65_HS1-834228961_62-HQ-83894_Section_1
Agency: FBI
Page 63
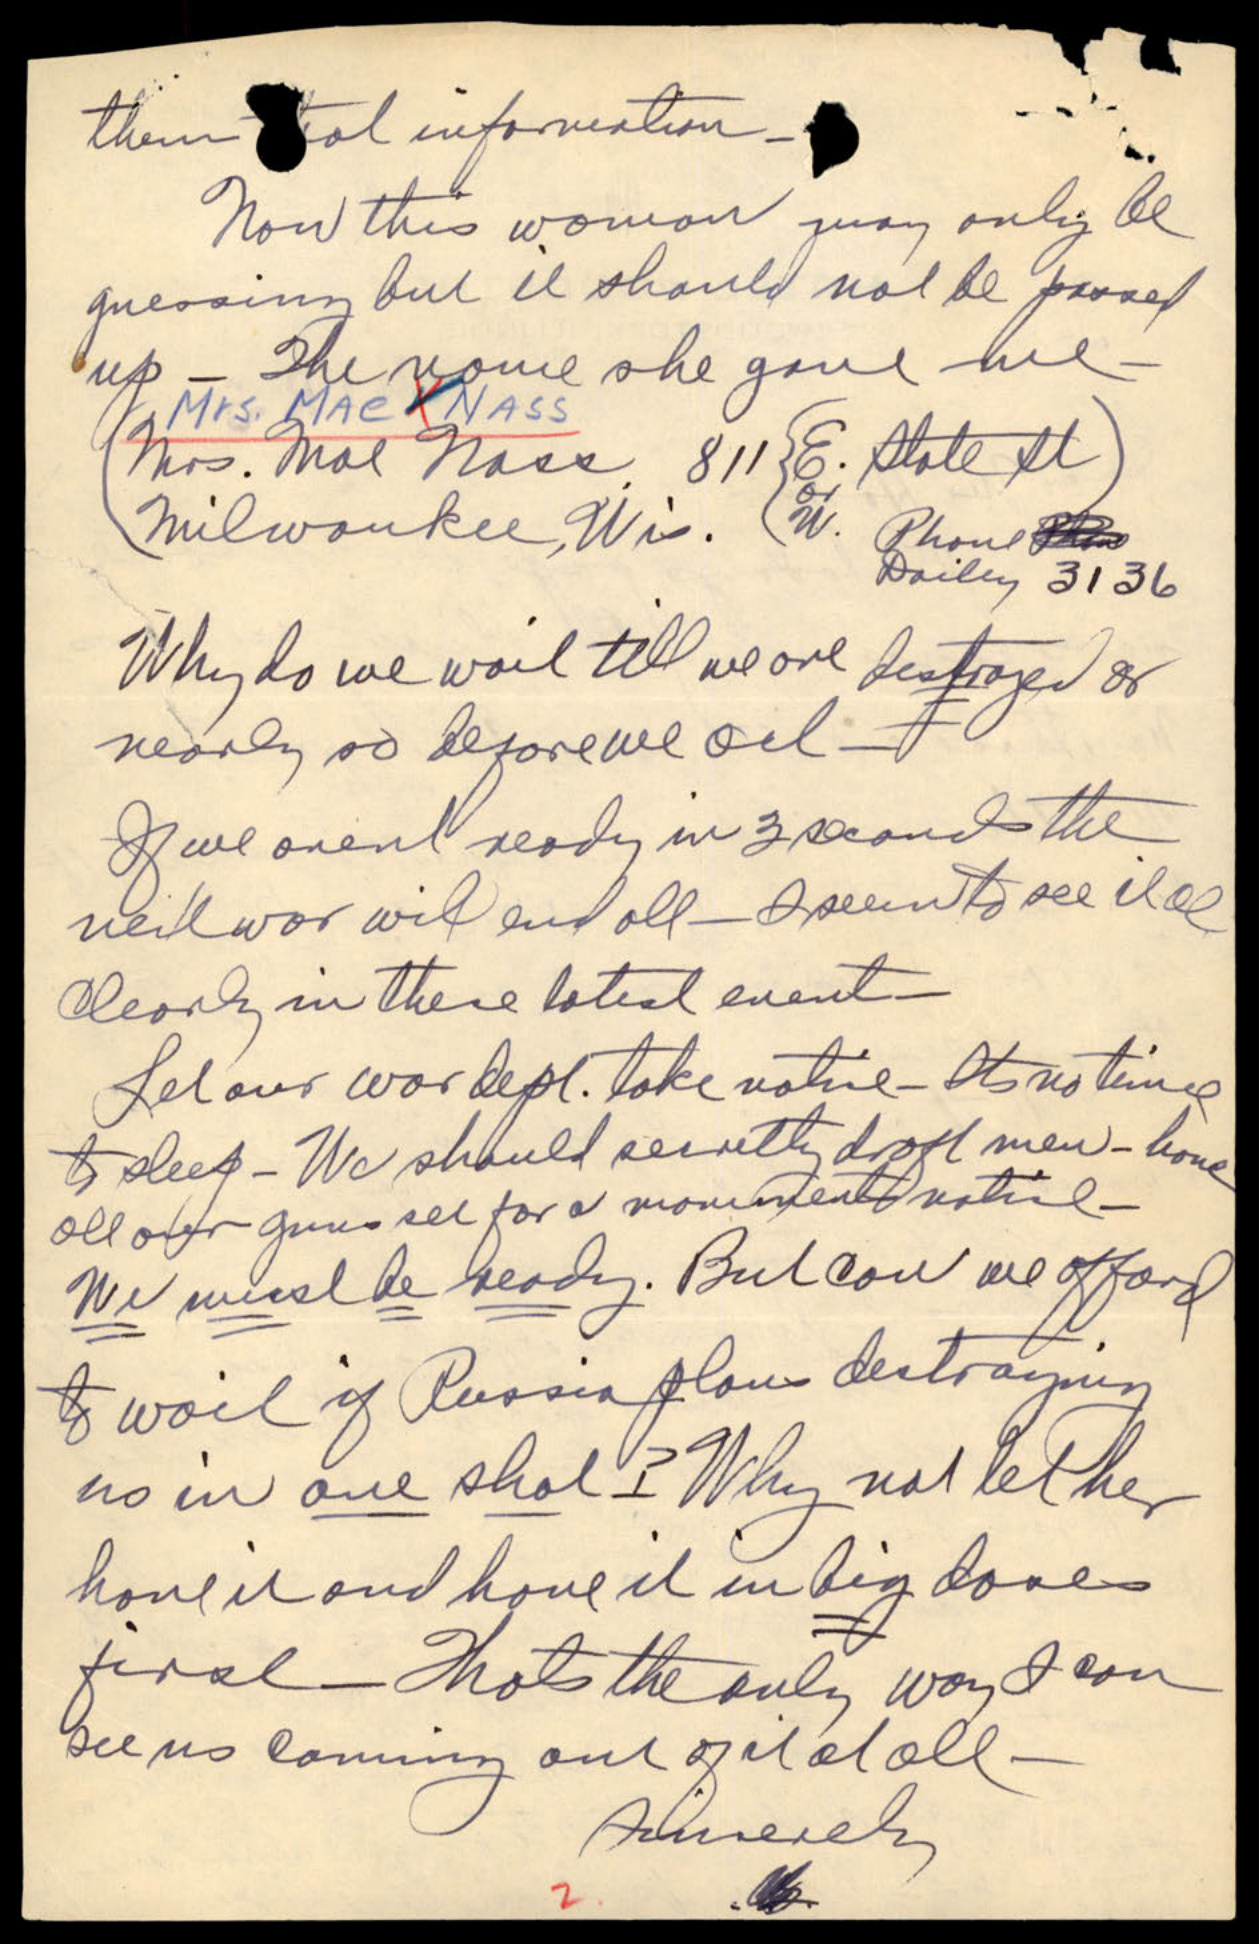